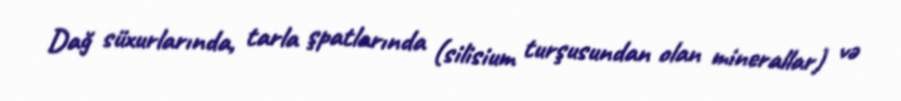
Dağ süxurlarında, tarla şpatlarında (silisium turşusundan olan minerallar) və